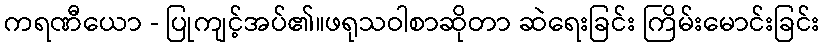
ကရဏီယော - ပြုကျင့်အပ်၏။ဖရုသဝါစာဆိုတာ ဆဲရေးခြင်း ကြိမ်းမောင်းခြင်း